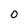
Character: 0